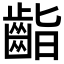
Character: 𪗷